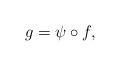
LaTeX: \begin{align*}g=\psi\circ f,\end{align*}